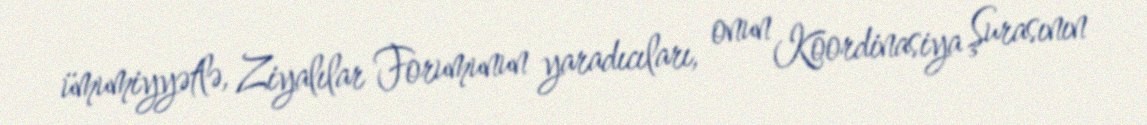
ümumiyyətlə, Ziyalılar Forumunun yaradıcıları, onun Koordinasiya Şurasının